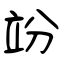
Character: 竕